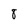
Character: 8